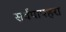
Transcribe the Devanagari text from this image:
सर्वपापहरा